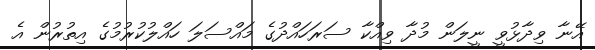
އޭނާ ވިދާޅުވީ ނީލަން މުދާ ވިއްކާ ސަރަހައްދުގެ މައްސަލަ ހައްލުކުރުމުގެ އިތުރުން އެ